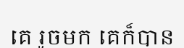
គេ រួចមក គេក៏បាន